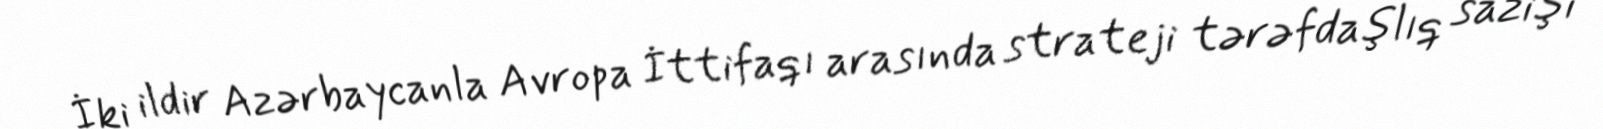
İki ildir Azərbaycanla Avropa İttifaqı arasında strateji tərəfdaşlıq sazişi